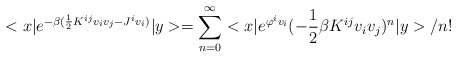
\begin{align*}<x|e^{-\beta (\frac{1}{2}K^{ij}v_iv_j-J^iv_i)}|y>=\sum_{n=0}^{\infty}<x|e^{\varphi^iv_i}(-\frac{1}{2}\beta K^{ij}v_iv_j)^n|y>/n!\end{align*}